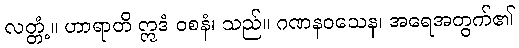
လတ္တံ့။ ဟာရာတိ ဣဒံ ဝစနံ၊ သည်။ ဂဏနဝသေန၊ အရေအတွက်၏